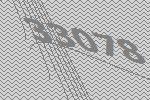
33078